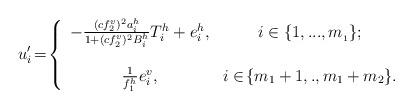
LaTeX: \begin{align*} u'_i\!=\!\left\{ \begin{array}{cc}-\frac{(cf_2^v)^2a_i^h}{1+(cf_2^v)^2B_i^h}T_i^h+e_i^h, &i\in\{1,...,m_{_1}\}; \\&\\\frac{1}{f_1^h}e_i^v,& i\in\!\{m_1+1,.,m_1+m_2\}. \end{array} \right.\end{align*}